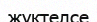
жүктелсе